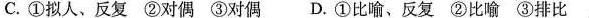
C.①拟人、反复 ②对偶 ③对偶 D.①比喻、反复 ②比喻 ③排比